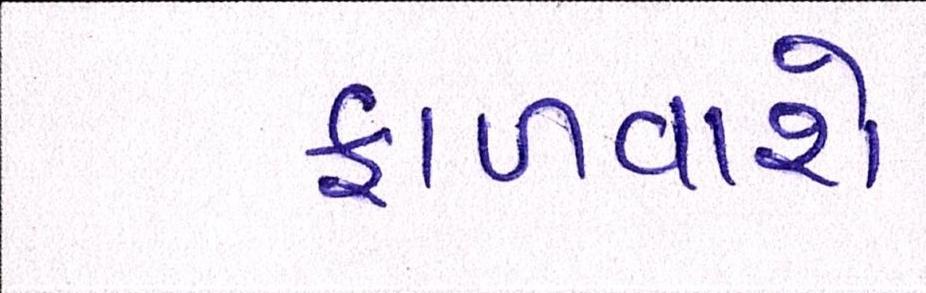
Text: ફાળવાશે